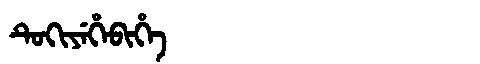
Manchu: ᡨᡠᡴᡳᠶᡝᡥᡝᠪᡳᡥᡝ
Romanization: TUKIYEHEBIHE